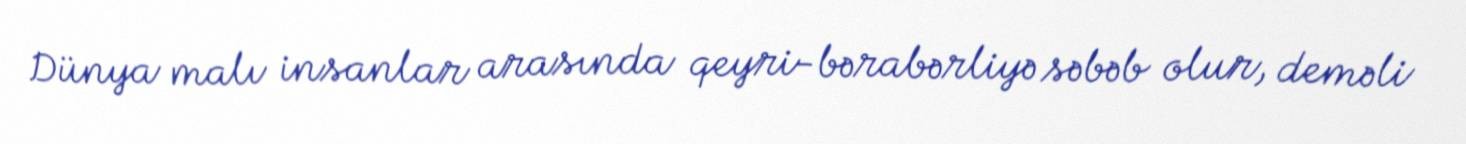
Dünya malı insanlar arasında qeyri-bərabərliyə səbəb olur, deməli